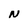
Character: N